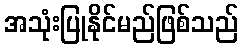
အသုံးပြုနိုင်မည်ဖြစ်သည်